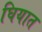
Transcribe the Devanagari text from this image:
घियात